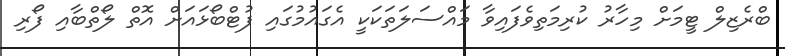
ބްރެޒިލް ޓީމަށް މިހާރު ކުރިމަތިވެފައިވާ މައްސަލަތަކަކީ އެގައުމުގައި ފުޓްބޯޅައަށް އޮތް ލޯތްބާއި ފޯރި